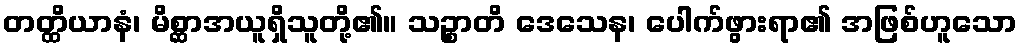
တတ္ထိယာနံ၊ မိစ္ဆာအယူရှိသူတို့၏။ သဉ္စာတိ ဒေသေန၊ ပေါက်ဖွားရာ၏ အဖြစ်ဟူသော